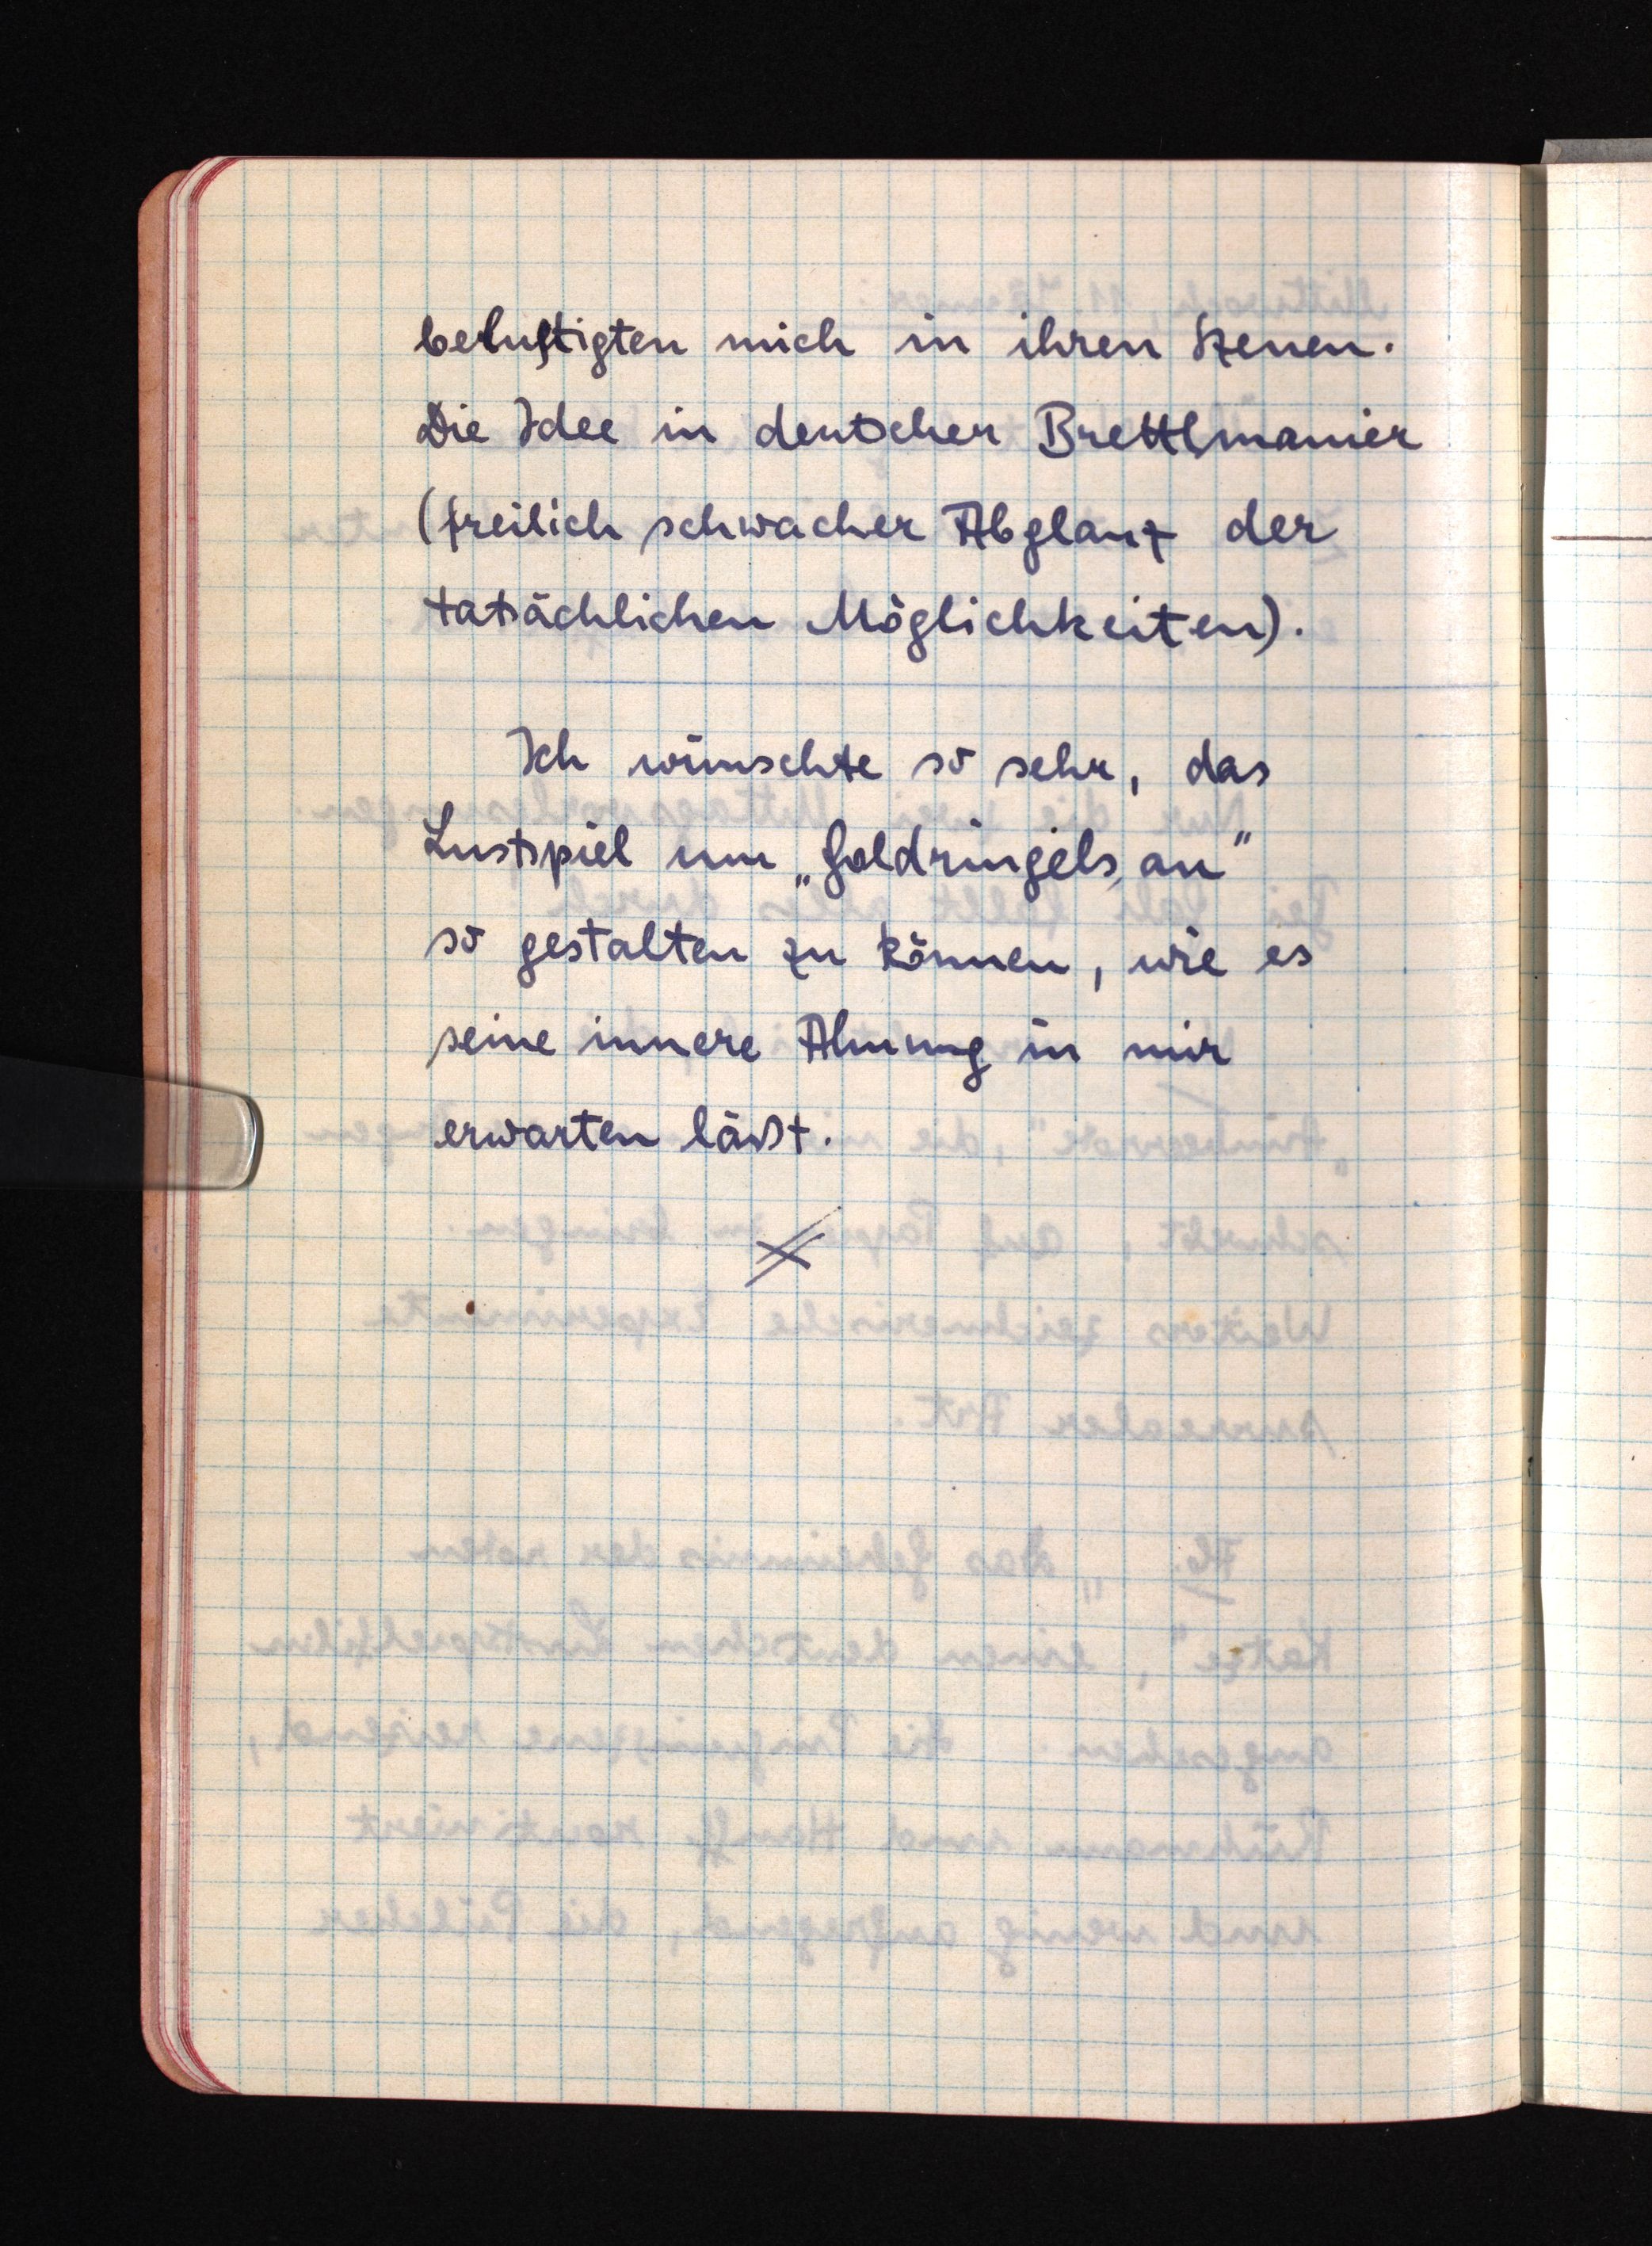
belustigten mich in ihren Szenen.
Die Idee in deutscher Brettlmanier
(freilich schwacher Abglanz der
tatsächlichen Möglichkeiten).
Ich wünschte so sehr, das
Lustspiel um "Goldringels au"
so gestalten zu können, wie es
seine innere Ahnung in mir
erwarten läßt.